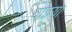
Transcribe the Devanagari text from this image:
वाइया